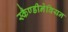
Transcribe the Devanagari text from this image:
स्कैण्डीनेवियन